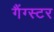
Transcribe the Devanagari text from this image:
गैंग्‍स्‍टर